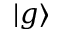
| g \rangle